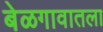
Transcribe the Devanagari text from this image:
बेळगावातला